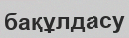
бақұлдасу